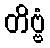
တိဗ္ဗံ